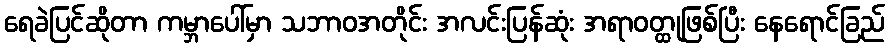
ရေခဲပြင်ဆိုတာ ကမ္ဘာပေါ်မှာ သဘာဝအတိုင်း အလင်းပြန်ဆုံး အရာဝတ္ထုဖြစ်ပြီး နေရောင်ခြည်